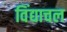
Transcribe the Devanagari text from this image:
विंद्याचल